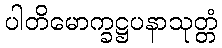
ပါတိမောက္ခဋ္ဌပနာသုတ္တံ